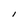
Character: I